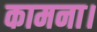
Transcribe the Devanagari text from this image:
कामना।